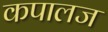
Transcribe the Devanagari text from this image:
कपालज